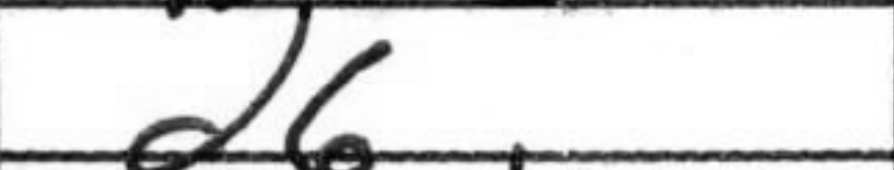
Transcription: d6